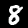
Digit: 8